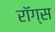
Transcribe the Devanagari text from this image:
रॉग्स